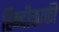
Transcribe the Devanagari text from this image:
हिन्दीकाफी